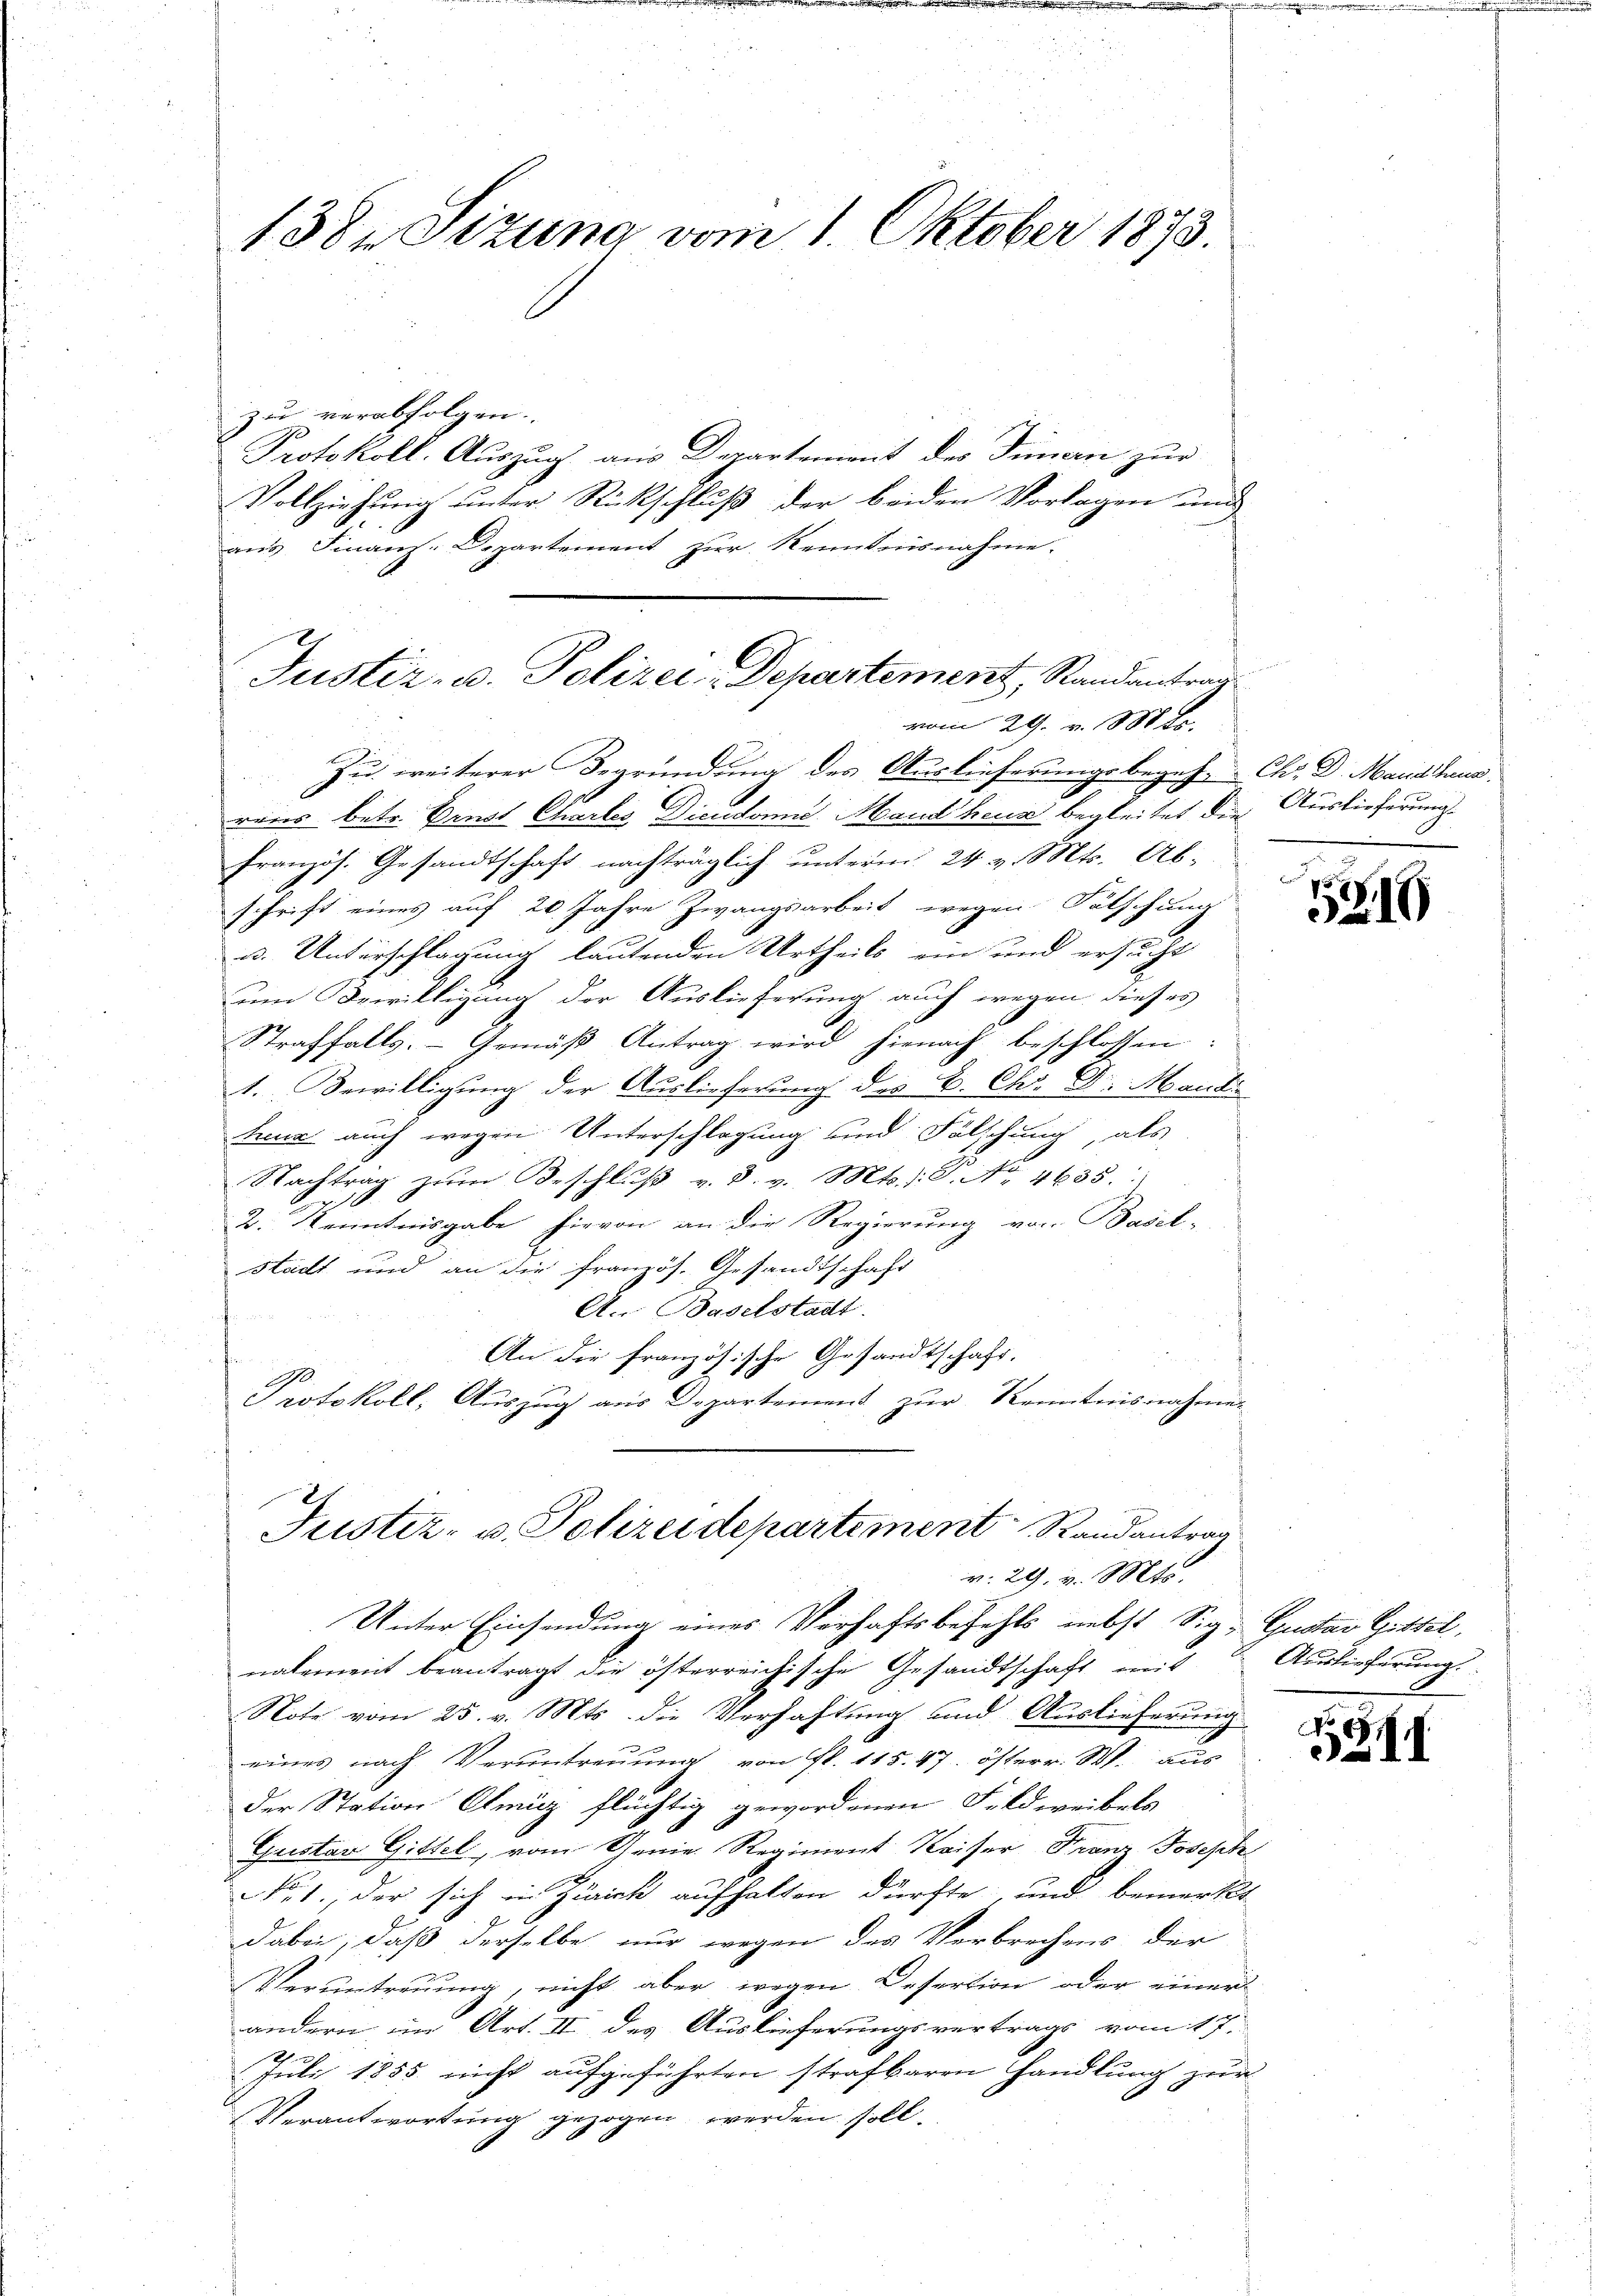
138. Sizung vom 1. Oktober 1873.

Justiz- u. Polizei-Departement, Randantrag
vom 29. v. Mts.

zu verabfolgen. |
Protokoll. Auszug aus Departement des Dimen zur
Vollziehung unter Rückschluß der beiden Vorlagen und
aus Finanz-Departement zur Kenntnisnahme.
Zu weiterer Begründung des Auslieferungsbegeh- Ch. D. Mandhaus
vous betr. Ernst Charlos Dicedoni Mand heus begleitet die Auslieferung.
Französ. Gesandtschaft nachträglich unterm 24. v. Mts. Ab-
schrift eines auf 20 Jahre Zwangsarbeit wegen Tätschung
u. Unterschlagung lautenden Urtheils ein und ersucht
um Bewilligung der Auslieferung auch wegen dieses
Straffalls. Gemäß Antrag wird hienach beschlossen:
1. Bewilligung der Auslieferung des B. Chr. D. Mande
Zeua auch wegen Unterschlagung und Fälschung, als
Nachtrag zŭm Beschlŭβ v. 8. v. Mts. 18. No. 4635.
2. Kenntnisgabe hievon an die Regierung von Basel-
Stadt und an die französ. Gesandtschaft
A. Baselstadt.
An die französische Gesandtschaft.
I
Protokoll, Auszug aus Departement zur Kenntnisnahme
Justiz- u. Polizeidepartement Randantrag
v. 29. v. Mts.
Unter Einsendung eines Verhaftsbefehls nebst Sig: Gustav Gittel,
nalement beantragt die österreichische Gesandtschaft und
Note vom 25. v. Mts. die Verhaftung und Auslieferung
eines nach Veruntreuung von fl. 115. 47. österr. W. aus
der Station Olmüz flüchtig gewordenen Fildweibels
Gustav Gittel, vom Gerie Regiment Kaiser Franz Joseph
1., der sich in Zürich aufhalten dürfte, und bemerkt
dabei; daß derselbe nur wegen des Verbrechens der
Veruntreuung, nicht aber wegen Desertion oder einer
andern in Art. II des Auslieferungsvertrags vom 17.
s
Juli 1855 nicht aufgeführten strafbaren Handlung zur
c
Verantwortung gezogen werden soll.

rund

.

519

Auslieferung

1
311